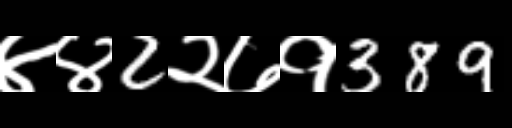
Text: ४४2२७१389